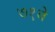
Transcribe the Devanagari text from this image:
७१वे